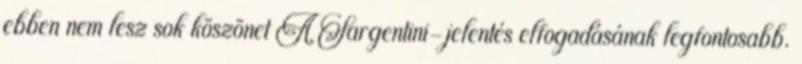
ebben nem lesz sok köszönet A Sargentini-jelentés elfogadásának legfontosabb.